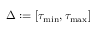
\Delta : = [ \tau _ { \operatorname* { m i n } } , \tau _ { \operatorname* { m a x } } ]